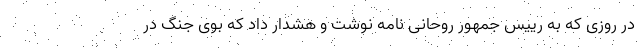
در روزی که به رییس جمهور روحانی نامه نوشت و هشدار داد که بوی جنگ در